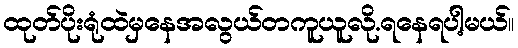
ထုတ်ပိုးရုံထဲမှနေအလွယ်တကူယူလို.ရနေရပါ့မယ်။